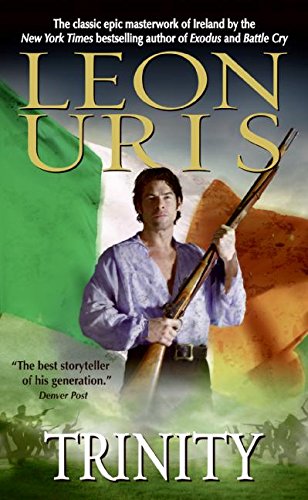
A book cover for Trinity; Leon Uris; Mystery, Thriller & Suspense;